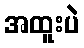
အထူးပဲ